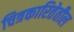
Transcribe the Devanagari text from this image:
चित्रकारितेतील